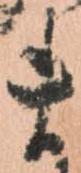
ま